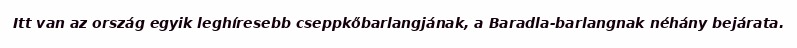
Itt van az ország egyik leghíresebb cseppkőbarlangjának, a Baradla-barlangnak néhány bejárata.